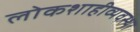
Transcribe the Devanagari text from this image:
लोकशाहीव्यवस्था